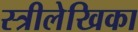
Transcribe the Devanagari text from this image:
स्त्रीलेखिका